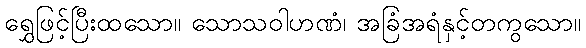
ရွှေဖြင့်ပြီးထသော။ သောသဝါဟဏံ၊ အခြံအရံနှင့်တကွသော။